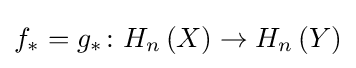
f_{*}=g_{*}\colon H_{n}\left(X\right)\rightarrow H_{n}\left(Y\right)